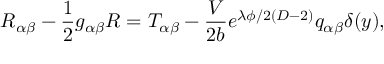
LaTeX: R _ { \alpha \beta } - \frac { 1 } { 2 } g _ { \alpha \beta } R = T _ { \alpha \beta } - \frac { V } { 2 b } e ^ { \lambda \phi / 2 ( D - 2 ) } q _ { \alpha \beta } \delta ( y ) ,